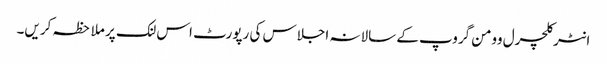
انٹرکلچرل وومن گروپ کے سالانہ اجلاس کی رپورٹ اس لنک پر ملاحظہ کریں۔